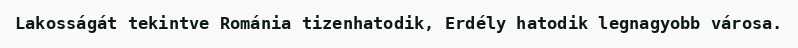
Lakosságát tekintve Románia tizenhatodik, Erdély hatodik legnagyobb városa.